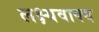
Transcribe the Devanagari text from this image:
लक्ष्यवाक्य